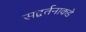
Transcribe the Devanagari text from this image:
सद्वर्तनाकडे